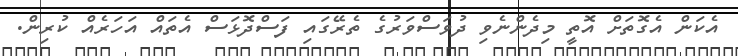
އެކަން އެގޮތަށް އޮތީ މިދެންނެވި ދުވަސްވަރުގެ ތެރޭގައި ފަސްދޮޅަސް އެތައް އަހަރެއް ކުރިން.